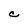
Character: C